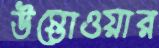
উস্তোওয়ার